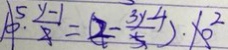
1 0 \cdot \frac { y - 1 } { 2 } = ( 2 - \frac { 3 y - 4 } { 5 } ) \cdot 1 0